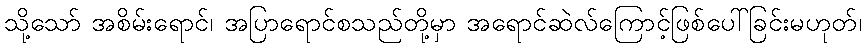
သို့သော် အစိမ်းရောင်၊ အပြာရောင်စသည်တို့မှာ အရောင်ဆဲလ်ကြောင့်ဖြစ်ပေါ်ခြင်းမဟုတ်၊